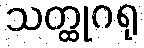
သတ္ထုဂရု